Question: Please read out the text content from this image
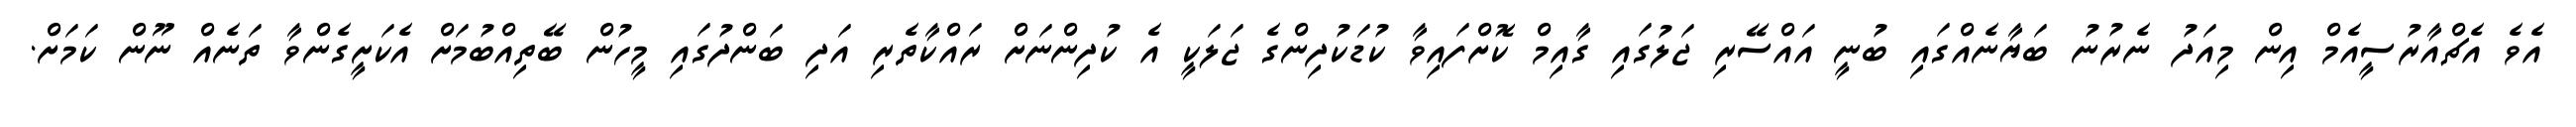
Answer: އެވެ އެޗްއާރުސީއެމް އިން މިއަދު ނެރުނު ބަޔާނެއްގައި ބުނީ އައްސޭރި ޖަލުގައި ގާއިމް ކޮށްފައިވާ ކުޑަކުދިންގެ ޖަލަކީ އެ ކުދިންނަށް ރައްކާތެރި އަދި ބަންދުގައި މީހުން ބޭތިއްބުމަށް އެކަށީގެންވާ ތަނެއް ނޫން ކަމަށް.